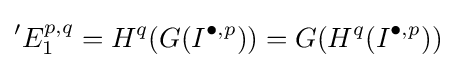
{}^{\prime }E_{1}^{p,q}=H^{q}(G(I^{\bullet ,p}))=G(H^{q}(I^{\bullet ,p}))